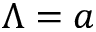
\Lambda = a